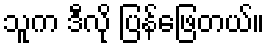
သူက ဒီလို ပြန်ဖြေတယ်။